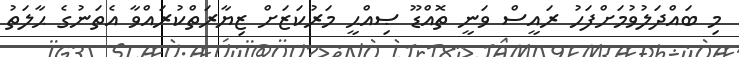
މި ބައްދަލުވުމަށްފަހު ރައީސް ވަނީ ތޮއްޑޫ ޞިއްޙީ މަރުކަޒަށް ޒިޔާރަތްކުރައްވާ އެތަނުގެ ޙާލަތު